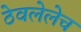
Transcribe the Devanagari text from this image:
ठेवलेलेच